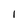
Character: 1